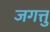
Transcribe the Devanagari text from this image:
जगत्तु